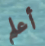
أعلم